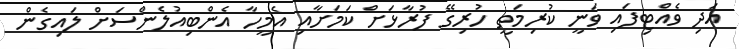
އަދި ވެއްޓިފައި ވަނީ ކުރިމަތީ ހުރިގޭ ފުރާޅަށް ކަމަށާއި އެމީހާ އެންބިއުލެންސަށް ލައިގެން